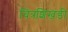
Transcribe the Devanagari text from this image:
चित्रशिखंडी